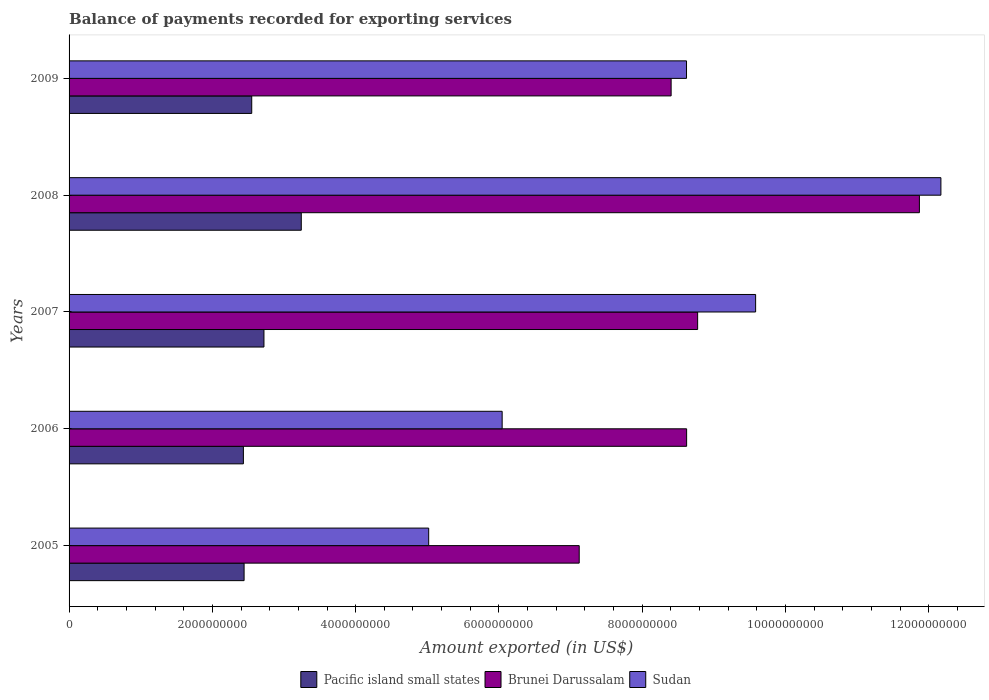
| Years | Pacific island small states | Brunei Darussalam | Sudan |
 | --- | --- | --- | --- |
 | 2005 | 2.44e+09 | 7.12e+09 | 5.02e+09 |
 | 2006 | 2.43e+09 | 8.62e+09 | 6.04e+09 |
 | 2007 | 2.72e+09 | 8.77e+09 | 9.58e+09 |
 | 2008 | 3.24e+09 | 1.19e+10 | 1.22e+10 |
 | 2009 | 2.55e+09 | 8.4e+09 | 8.62e+09 |